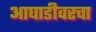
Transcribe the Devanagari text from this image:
आघाडीवरचा